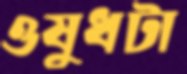
ওষুধটা